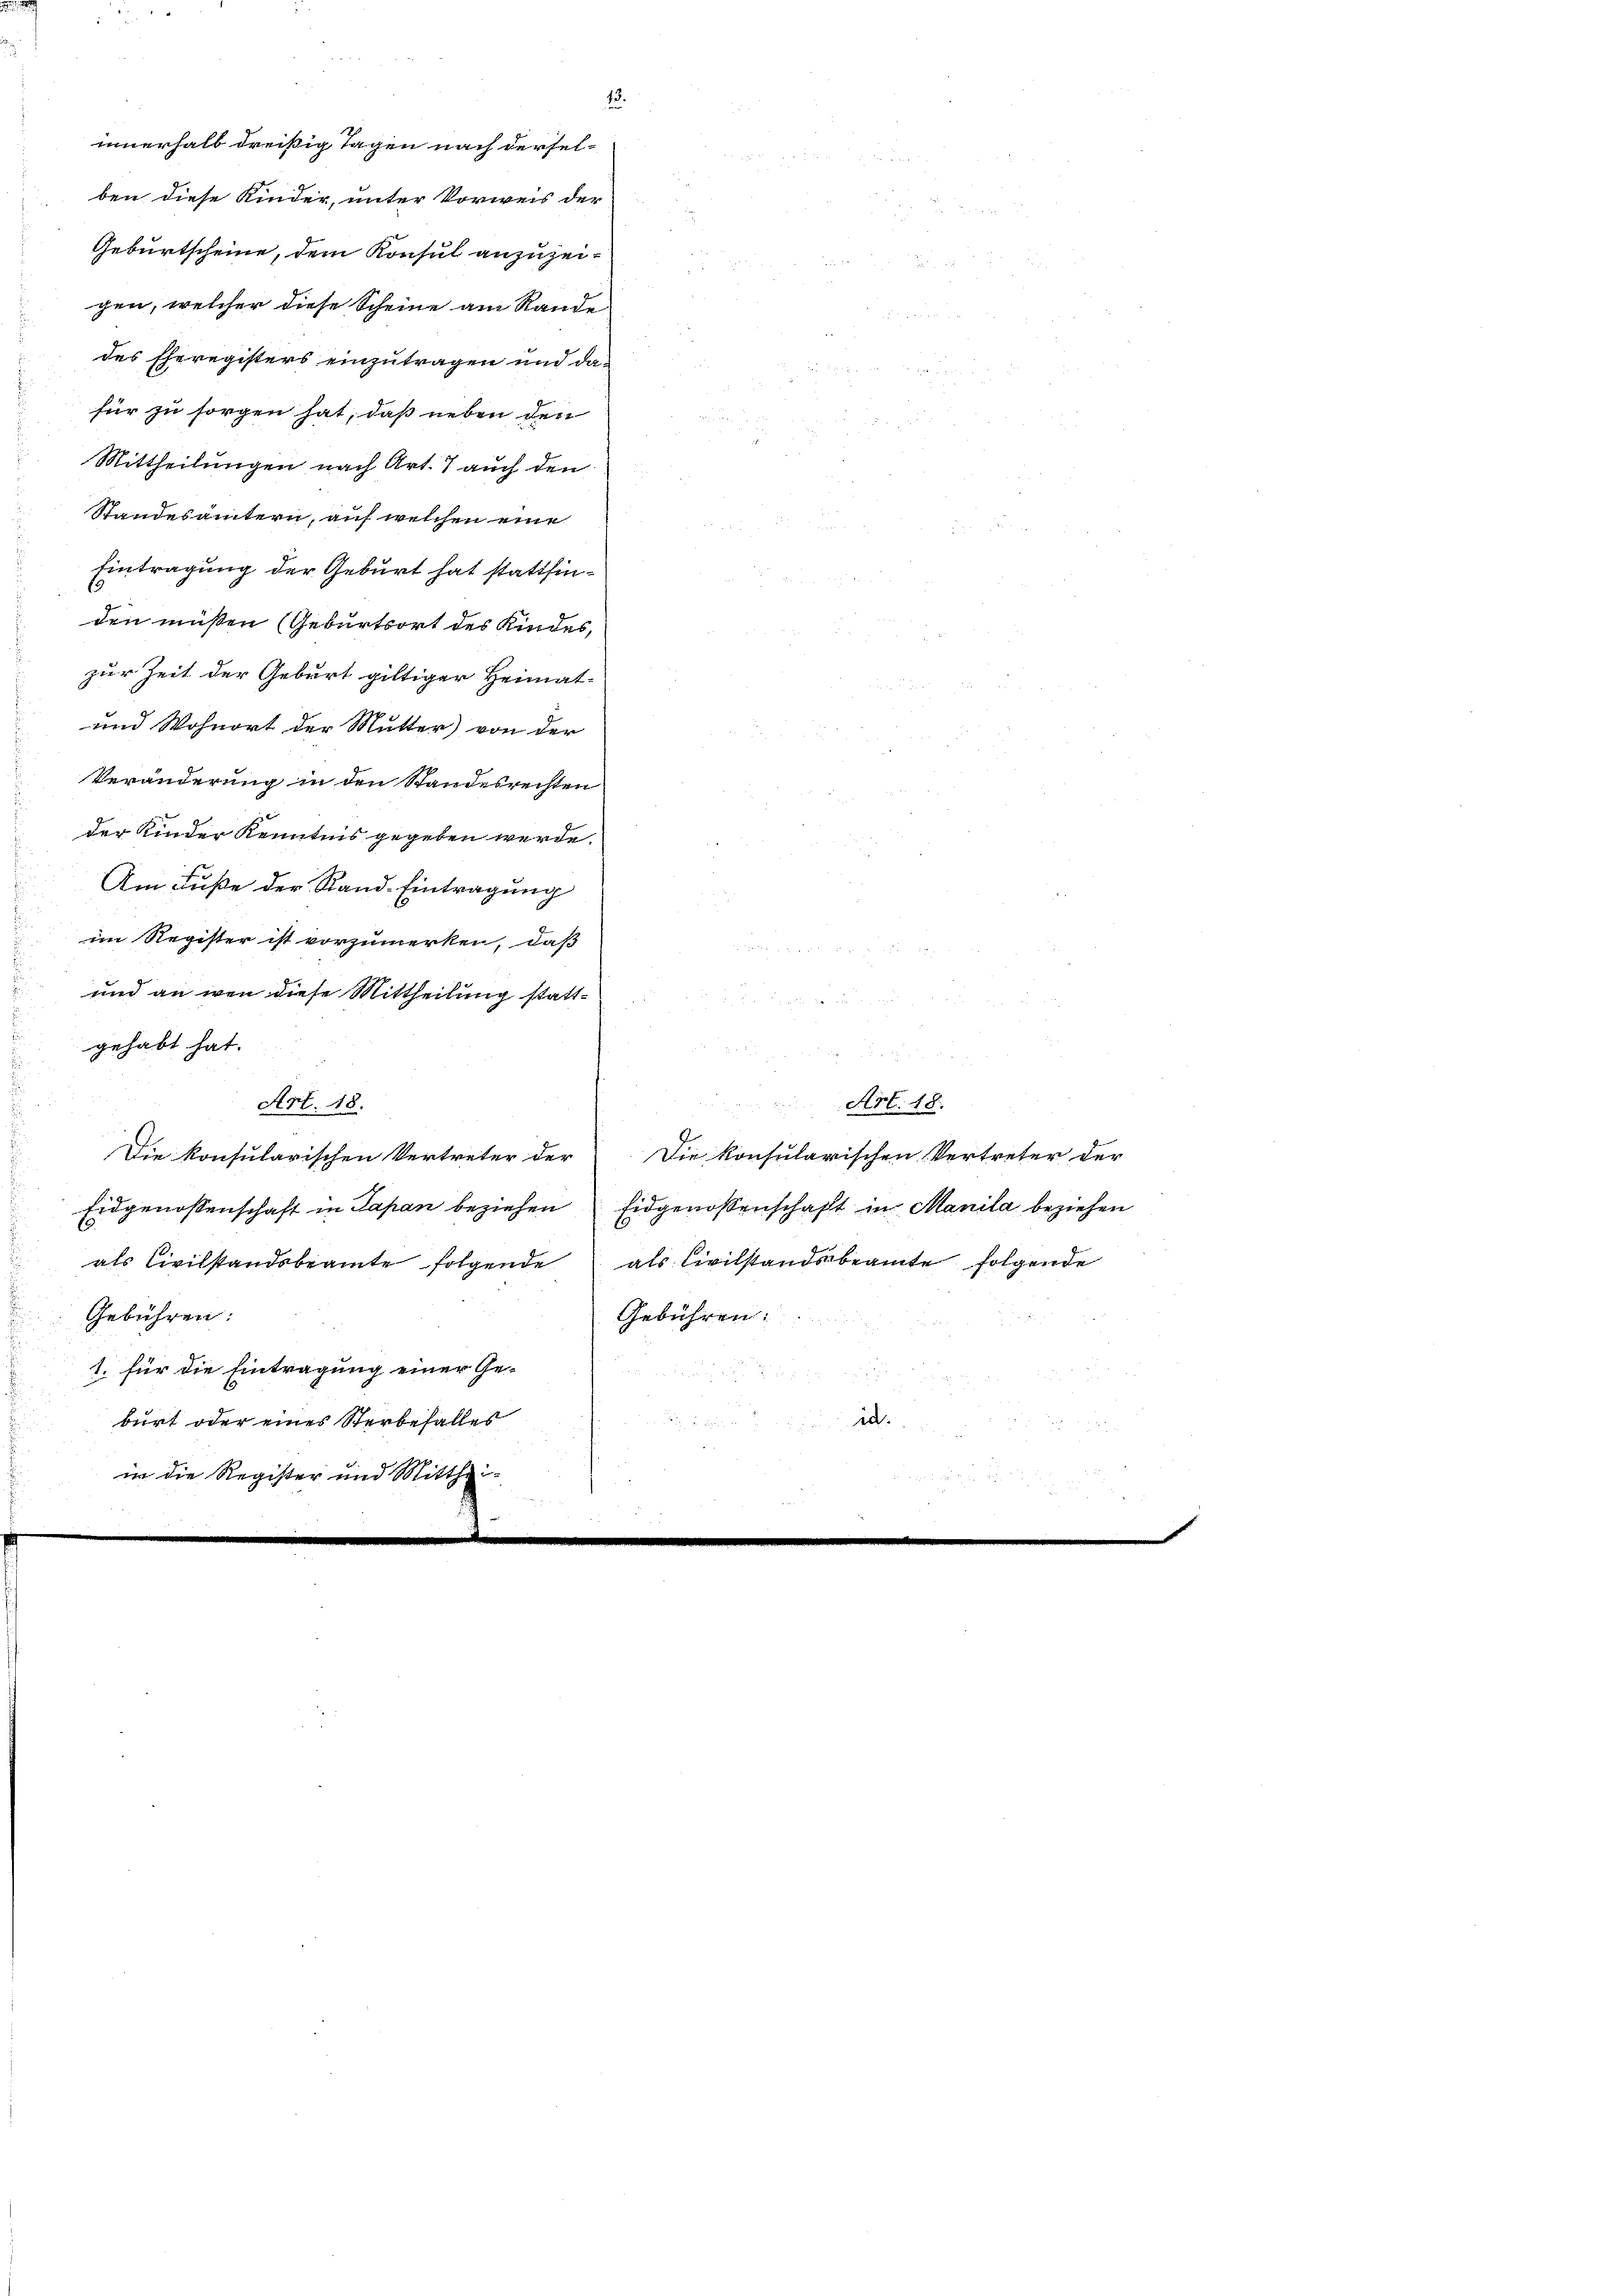
unnerhalb dreißig Tagen nach derselben diese Kinder, unter Vorweis der
Geburtscheine, dem Konsul anzuzeigen, welcher diese Scheine am Rande
des Eheregisters einzutragen und da
für zu sorgen hat, daß neben den
Mittheilungen nach Art. 7 auch den
Standesamtern, auf welchen eine
Eintragung der Geburt hat stattfinden müßten (Geburtsort des Kindes
zur Zeit der Geburt giltiger Heimat-
und Wohnort der Mutter) von der
Veränderung in den Standesrechten
der Kinder Kenntnis gegeben werde.
Am Fuße der Stand-Eintragung
im Register ist vorzumerken, daß
und an wenn diese Mittheilung stattgehabt hat.
u
Art. 48.
Art. 18.
Die konsularischen Vertreter der
Die konsularischen Vertreter der
Eidgenossenschaft in Manila beziehen
Eidgenossenschaft in Papan beziehen
als Kirchstandsbeamte folgende
als Civilstandsbeamte folgende
Gebühren:
Gebühren:
1. für die Eintragung einer Ge-
id.
burt oder eines Sterbefalles
in die Register und Mitthei-

13.